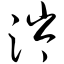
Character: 涔